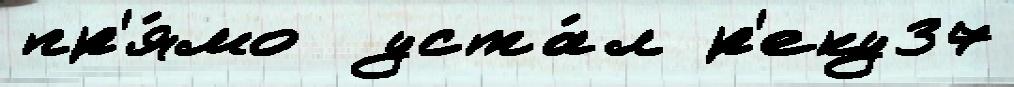
пр'я́мо  уста́л р'еку37